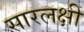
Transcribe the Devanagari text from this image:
सारलक्षी